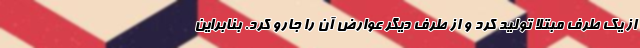
از یک طرف مبتلا تولید کرد و از طرف دیگر عوارض آن را جارو کرد. بنابراین